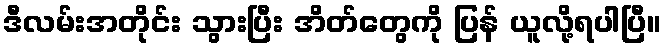
ဒီလမ်းအတိုင်း သွားပြီး အိတ်တွေကို ပြန် ယူလို့ရပါပြီ။